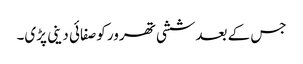
جس کے بعدششی تھرور کوصفائی دینی پڑی۔